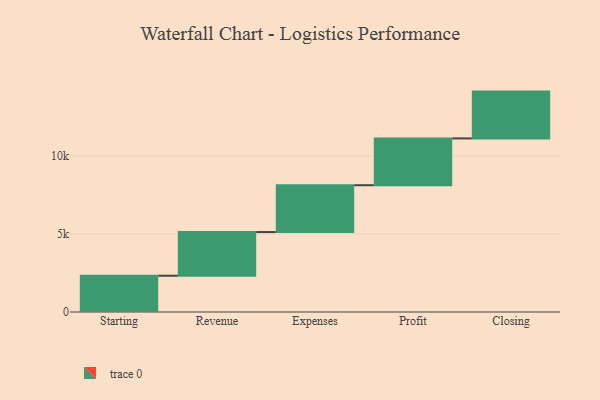
{"axis": {"x": "Step", "y": "Value"}, "legend": [""], "data": [{"x": "Starting", "y": 2325.0, "type": ""}, {"x": "Revenue", "y": 2799.0, "type": ""}, {"x": "Expenses", "y": 3000, "type": ""}, {"x": "Profit", "y": 3000, "type": ""}, {"x": "Closing", "y": 3000, "type": ""}]}